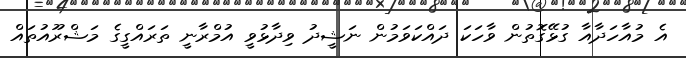
އެ މުއާހަދާއާ ގުޅޭގޮތުން ވާހަކަ ދައްކަވަމުން ނަޝީދު ވިދާޅުވީ އުމްރާނީ ތަރައްގީގެ މަޝްރޫއުތައް